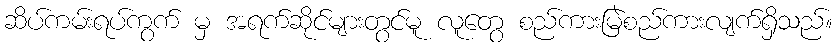
ဆိပ်ကမ်းရပ်ကွက် မှ အရက်ဆိုင်များတွင်မူ လူတွေ စည်ကားမြဲစည်ကားလျက်ရှိသည်။